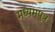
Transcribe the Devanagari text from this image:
मध्यमपुत्र